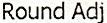
ROUND ADJ